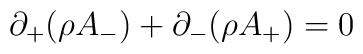
\partial_+ (\rho A_-) + \partial_- (\rho A_+) = 0